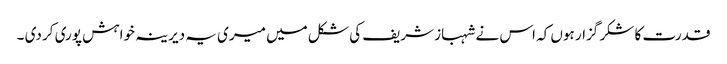
قدرت کا شکر گزار ہوں کہ اس نے شہباز شریف کی شکل میں میری یہ دیرینہ خواہش پوری کر دی ۔